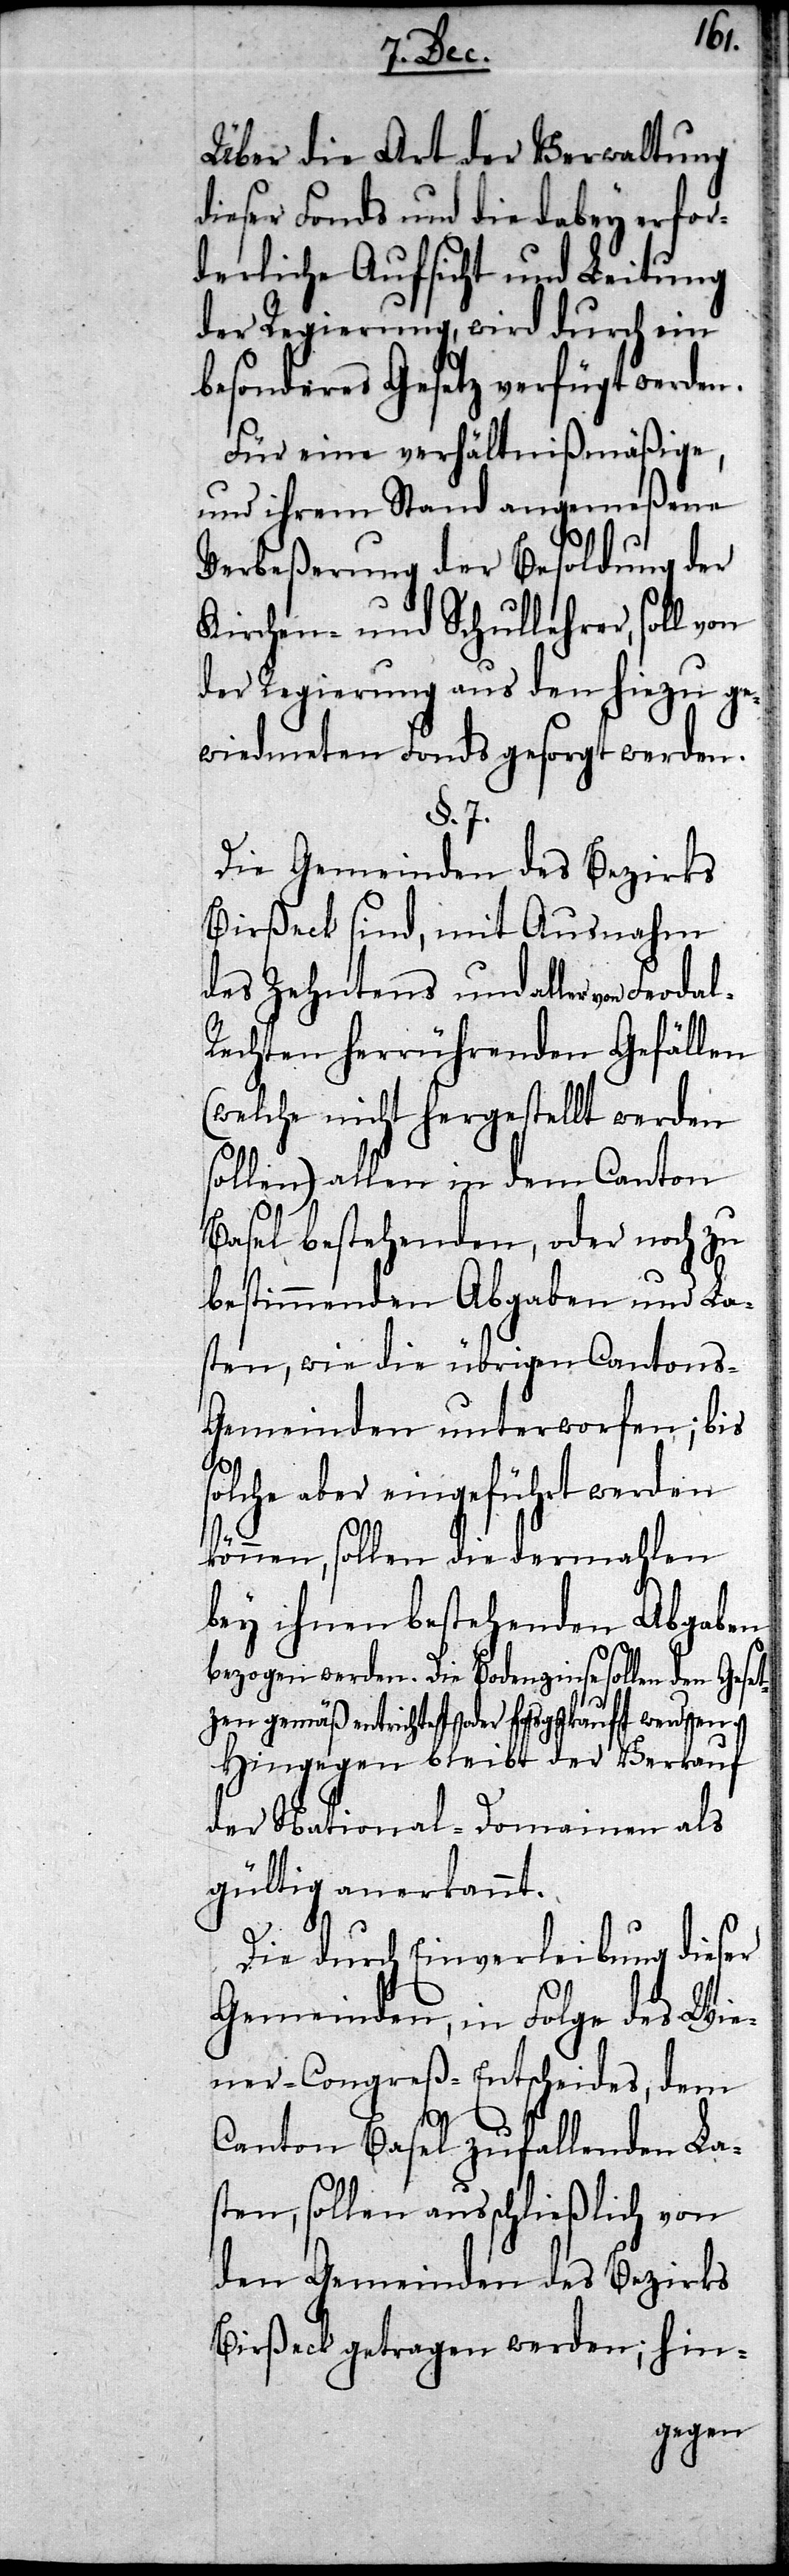
so¬
Über die Art der Verwaltung
dieser Fonds und die dabey erfor¬
derliche Aufsicht und Leitung
der Regierung, wird durch ein
besonderes Gesetz verfügt werden.
Für eine verhältnißmäßige,
und ihrem Stand angemeßene
Verbeßerung der Besoldung der
Kirchen- und Schullehrer, soll
der Regierung aus den hiezu g¬
ewiedmeten Fonds gesorgt werden.
§. 7.
Die Gemeinden des Bezirks
Birßeck sind, mit Ausnahme
des Zehntens und aller von Feo¬
echten herrührenden Gefäll¬
(welche nicht hergestellt werden
sollen) allen in dem Canton
Basel bestehenden, oder noch zu
bestimmenden Abgaben und La¬
sten, wie die übrigen Cantons-G¬
emeinden unterworfen; bis
lche aber eingeführt werden
können, sollen die dermahlen
bey ihnen bestehenden Abgaben
bezogen werden. Die Bodenzinse sollen den
zen gemäß entrichtet oder losgekauft werden.
Hingegen bleibt der
en
als
der National-Domain¬
gültig anerkannt.
Die durch Einverleibung dieser
Gemeinden, in Folge des Wie¬
ner-Congreß-Entscheides, dem
Canton Basel zufallenden La¬
sten, sollen ausschließlich von
den Gemeinden des Bezirks
Birßeck getragen werden; hin-
Geset¬